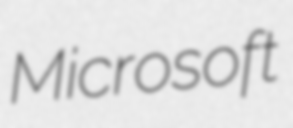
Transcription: Microsoft